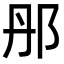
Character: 䢷